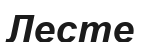
Лесте